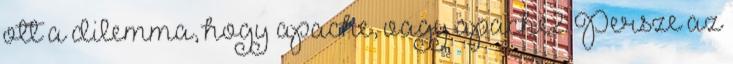
ott a dilemma, hogy apache, vagy apache2. Persze az